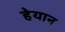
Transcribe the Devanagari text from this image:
हेयान